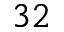
_ { 3 2 }